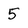
Character: 5